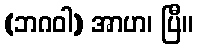
(ဘဂဝါ) အာဟ၊ ပြီ။